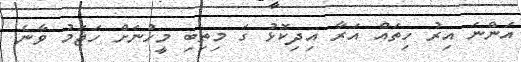
އަންނަ އިރު ހިތައް އަރާ އިދިކޮޅު ގަ މިތިބި މީހުނަށް ހަޖަމު ވާނެ